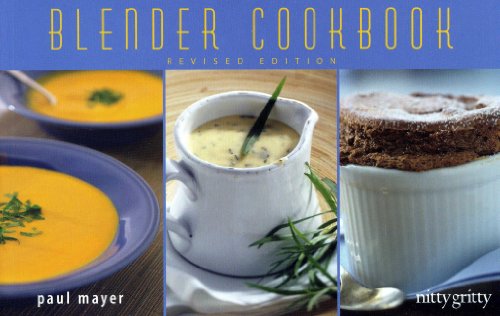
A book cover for Blender Cookbook (Nitty Gritty Cookbooks); Paul Mayer; Cookbooks, Food & Wine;